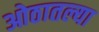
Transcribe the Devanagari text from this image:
ओठातल्या